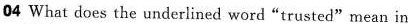
04 What does the underlined word"trusted"mean in